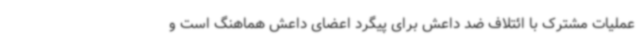
عملیات مشترک با ائتلاف ضد داعش برای پیگرد اعضای داعش هماهنگ است و